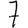
Digit: 7